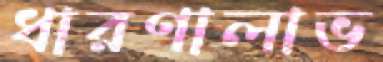
ধারণালাভ